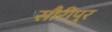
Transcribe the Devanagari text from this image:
सौरीपुर